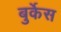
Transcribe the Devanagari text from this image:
बुर्केस